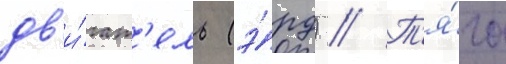
дв'и́гат'ель (э́рд) // Т'я́га